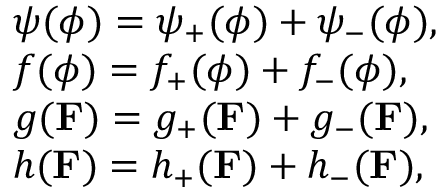
\begin{array} { r l } & { \psi ( \phi ) = \psi _ { + } ( \phi ) + \psi _ { - } ( \phi ) , } \\ & { f ( \phi ) = f _ { + } ( \phi ) + f _ { - } ( \phi ) , } \\ & { g ( \mathbf { F } ) = g _ { + } ( \mathbf { F } ) + g _ { - } ( \mathbf { F } ) , } \\ & { h ( \mathbf { F } ) = h _ { + } ( \mathbf { F } ) + h _ { - } ( \mathbf { F } ) , } \end{array}